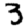
Digit: 3